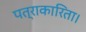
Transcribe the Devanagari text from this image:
पत्राकारिता।